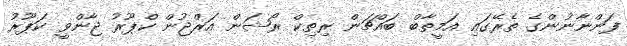
ފަންނާނުންގެ ތެރޭގައި އަމީތާބް ބައްޗަން ރިތިކް ރޯޝަން އަރްޖުން ކްޕޫރު ޖާންވީ ކަޕޫރު